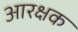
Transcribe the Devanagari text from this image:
आरक्षक